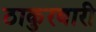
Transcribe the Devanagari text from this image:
ठाकुरबारी